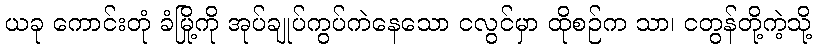
ယခု ကောင်းတုံ ခံမြို့ကို အုပ်ချုပ်ကွပ်ကဲနေသော ငလွင်မှာ ထိုစဉ်က သာ၊ ငတွန်တို့ကဲ့သို့